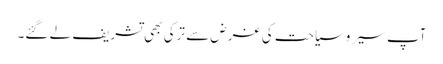
آپ سیروسیاحت کی غرض سے ترکی بھی تشریف لے گئے۔